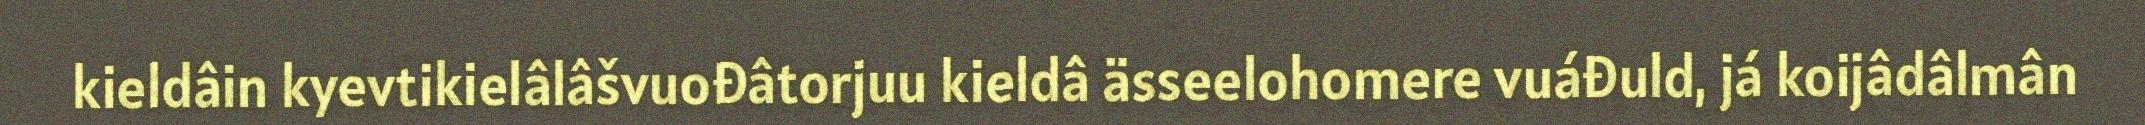
kieldâin kyevtikielâlâšvuođâtorjuu kieldâ ässeelohomere vuáđuld, já koijâdâlmân